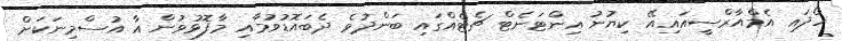
ހޯދައި އެމްއާރްސީއައިއޭ ކިޔުނު އިންޓަނެޓް ޗެޓެއްގައި ބަންދުވެ ދެބައޮޑުވުމާއި މާފޮޅުވުން އާ އުސްމިނަކަށް